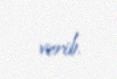
verib.